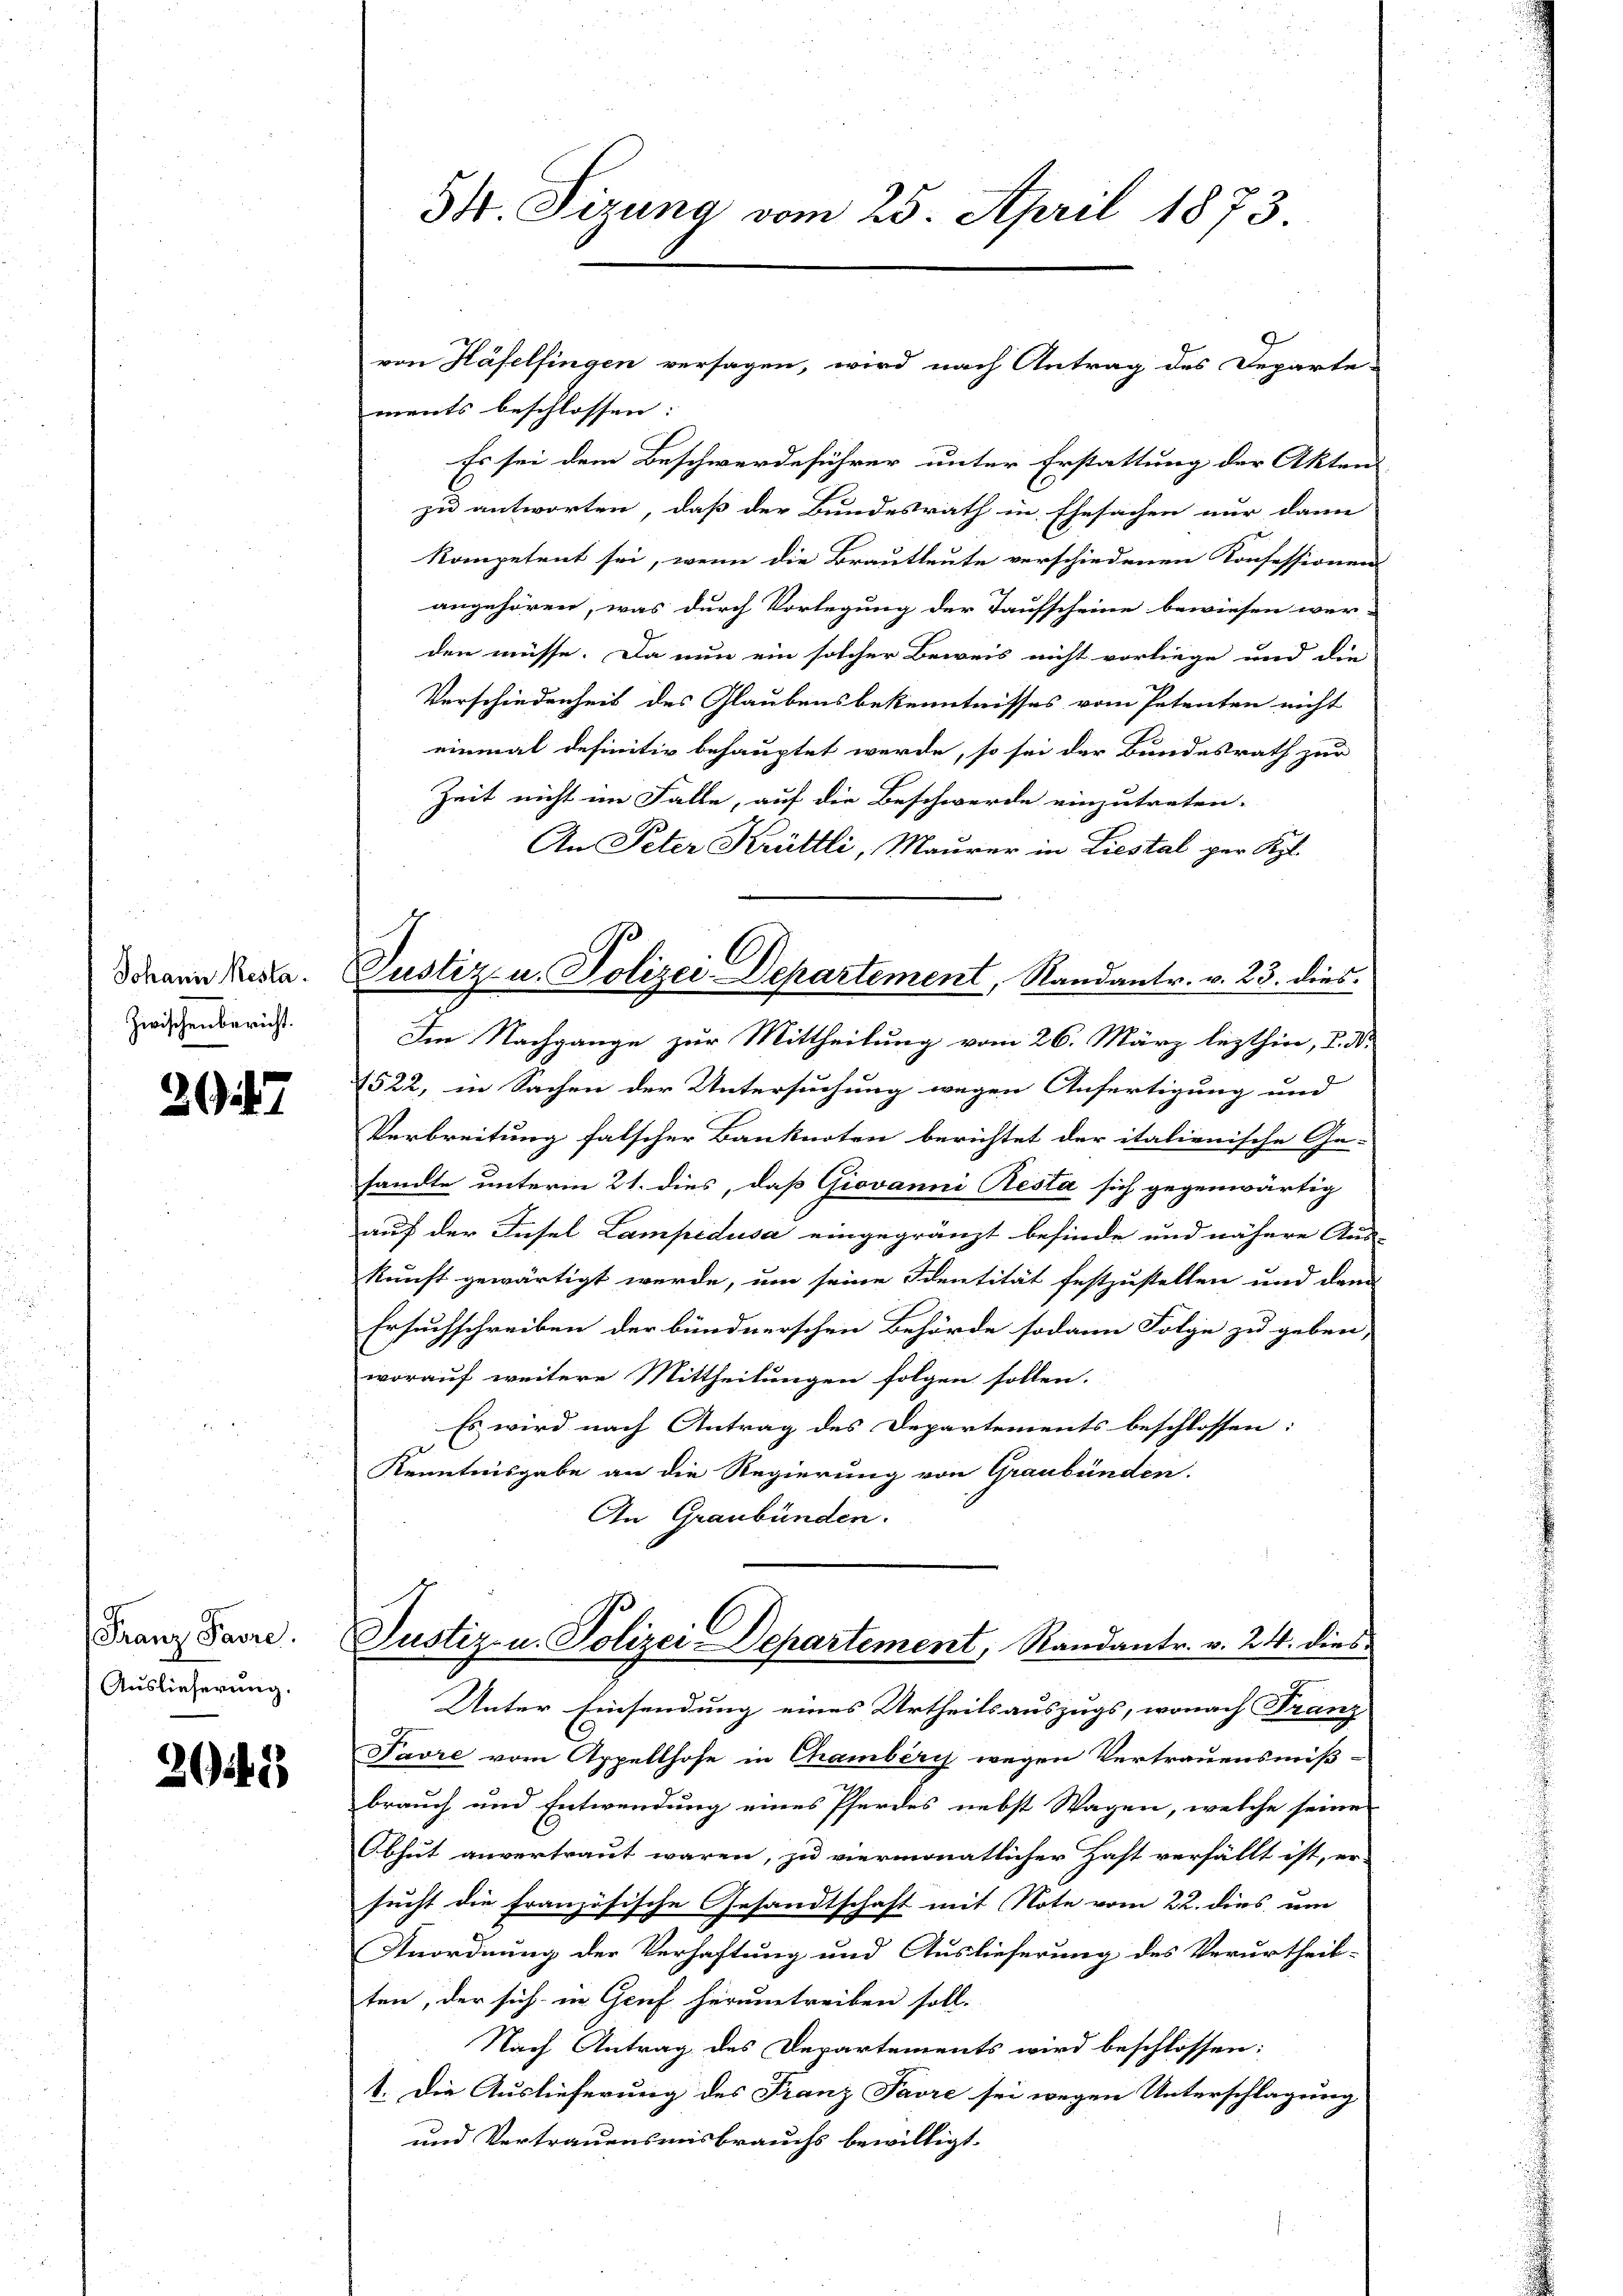
Johann Resta
Zwischenbericht.

20

Franz Paure.
Auslieferung.

22

34. Sizung vom 25. April 1873

ments beschlossen: |
Es sei dem Beschwerdeführer unter Erstattung der Akten
zu antworten, daß der Bundesrath in Ehesachen nur dann
kompetent sei, wenn die Brautleute verschiedenen Konfessionens
angehören, was durch Vorlegung der Taufscheine bewiesen wer-
den müsse. Da nun ein solcher Beweis nicht vorliege und die
Verschiedenheit des Glaubensbekenntnisses vom Petenten nicht
einmal definitiv behauptet werde, so sei der Bundesrath zur
Zeit nicht im Falle, auf die Beschwerde einzutreten.
An Peter Krüttli, Maurer in Liestal per Kgl.
Justiz u. Polizei Departement, Randantr. v. 23. dies
Im Nachgange zur Mittheilung vom 26. März lezthin, I. A.
1522, in Sachen der Untersuchung wegen Anfertigung und |
Verbreitung falscher Banknoten berichtet der italienische Ge-
tandte unterm 21. dies, daß Giovanni Resta sich gegenwärtig
auf der Insel Lampedusa eingegränzt befinde und nähere Aus-
kunft gewärtigt werde, um seine Identität festzustellen und denn
Ersuchschreiben der bündnerschen Behörde sodann Folge zu geben,
worauf weitere Mittheilungen folgen sollen.
Es wird nach Antrag des Departements beschlossen:
Kenntnisgabe an die Regierung von Graubünden.
An Graubünden.

von Häfelfingen versagen, wird nach Antrag des Departe-

Justiz- u. Polizei-Departement, Randantr. v. 24. dies¬
Unter Einsendung eines Urtheilsauszugs, wonach Franz

Favre vom Appellhofe in Chamber wegen Vertrauensmiß-
.
brauch und Entwendung eines Pferdes nebst Wagen, welche seine
Obhut anvertraut waren, zu viermonatlicher Hast verfällt ist, er-
sucht die französische Gesandtschaft mit Note vom 22. dies um
Anordnung der Verhaftung und Auslieferung des Verurtheil-
ten, der sich in Genf herumtreiben soll.
Nach Antrag des Departements wird beschlossen:
1. Die Auslieferung des Franz Favre sei wegen Unterschlagung
und Vertrauensmisbrauchs bewilligt.